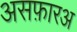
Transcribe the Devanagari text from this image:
असफ़ारअ